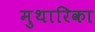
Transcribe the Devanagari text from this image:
मुथारिका